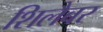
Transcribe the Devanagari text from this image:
शिलैबर